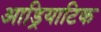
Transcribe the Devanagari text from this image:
आड्रियाटिक